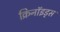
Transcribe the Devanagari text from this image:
क्रिनॉइड्स